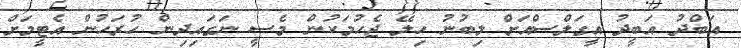
އަބްދު އަބީދު އީގަލްސްއަށް ލިބުނު ހިލޭ ޖެހުމަކުން މެސީ ނަގައިދިން ހުރަހުން އެޓީމަށް